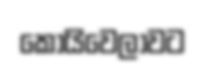
කොයිවෙලාවට